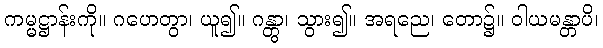
ကမ္မဋ္ဌာန်းကို။ ဂဟေတွာ၊ ယူ၍။ ဂန္တွာ၊ သွား၍။ အရညေ၊ တော၌။ ဝါယမန္တာပိ၊